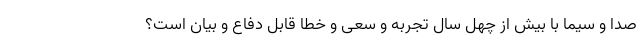
صدا و سیما با بیش از چهل سال تجربه و سعی و خطا قابل دفاع و بیان است؟